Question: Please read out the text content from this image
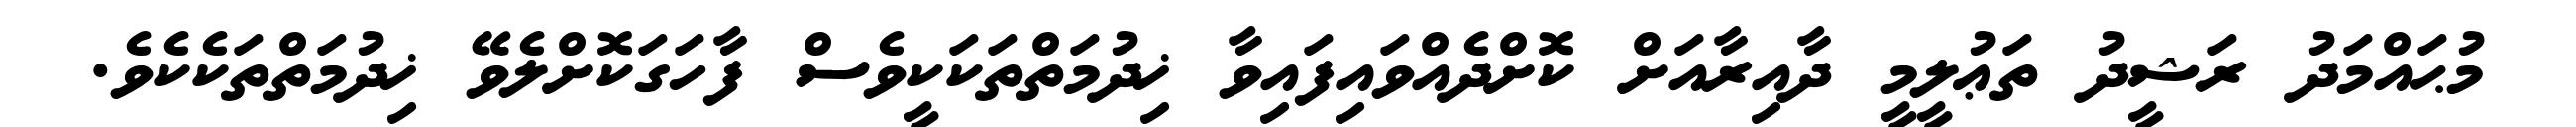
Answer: މުޙައްމަދު ރަޝީދު ތަޢުލީމީ ދާއިރާއަށް ކޮށްދެއްވައިފައިވާ ޚިދުމަތްތަކަކީވެސް ފާހަގަކޮށްލެވޭ ޚިދުމަތްތަކެކެވެ.